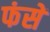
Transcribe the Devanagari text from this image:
फंसें